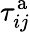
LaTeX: \tau_{ij}^{\mathrm{a}}